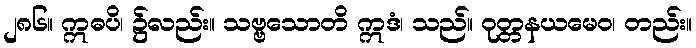
၂၈၆။ ဣဓပိ၊ ၌လည်း။ သဗ္ဗသောတိ ဣဒံ၊ သည်။ ဝုတ္တနယမေဝ၊ တည်း။